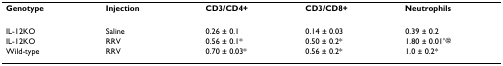
<table><thead><tr><td><b>Genotype</b></td><td><b>Injection</b></td><td><b>CD3/CD4+</b></td><td><b>CD3/CD8+</b></td><td><b>Neutrophils</b></td></tr></thead><tbody><tr><td>IL-12KO</td><td>Saline</td><td>0.26 ± 0.1</td><td>0.14 ± 0.03</td><td>0.39 ± 0.2</td></tr><tr><td>IL-12KO</td><td>RRV</td><td>0.56 ± 0.1*</td><td>0.50 ± 0.2*</td><td>1.80 ± 0.01<sup>*@</sup></td></tr><tr><td>Wild-type</td><td>RRV</td><td>0.70 ± 0.03*</td><td>0.56 ± 0.2*</td><td>1.0 ± 0.2*</td></tr></tbody></table>